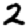
Digit: 2